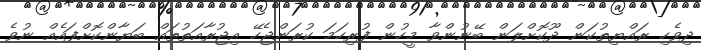
ދިވެހި ރައްޔިތުކަން ދޫކޮށްލަން ބޭނުންވާ މީހުން ފުރިހަމަ ކުރަންޖެހޭ އިޖުރާއަތުތައް ބަޔާންކޮށްފައެއް ނުވެ